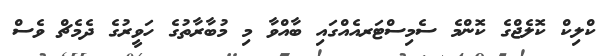
ކްލިކް ކޮލެޖްގެ ކޮންމެ ސެމިސްޓަރއެއްގައި ބާއްވާ މި މުބާރާތުގެ ހަވީރުގެ ދެމެޗް ވެސް